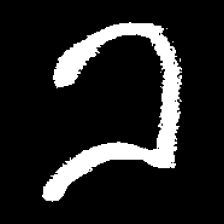
Pyu character \u2014 Myanmar letter: ခ (romanized: kha)